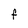
Character: F